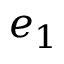
e _ { 1 }